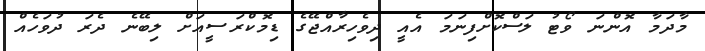
މާދަމާ އޮންނަ ވޯޓު ލަސްކޮށްފިނަމަ އެއީ ދިވެހިރާއްޖޭގެ ޑިމޮކްރަސީއަށް ލިބޭނެ ދެރަ ދުވަހެއް